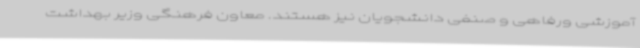
آموزشی ورفاهی و صنفی دانشجویان نیز هستند. معاون فرهنگی وزیر بهداشت